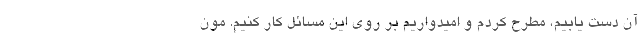
آن دست یابیم، مطرح کردم و امیدواریم بر روی این مسائل کار کنیم. مون